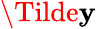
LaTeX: \Tilde{\mathbf{y}}